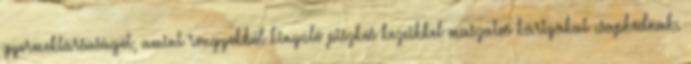
gyermektársaságot, amint rongyokból kinyúló piszkos kezeikkel maszatos kártyákat csapkodnak.